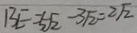
B E = 5 \sqrt { 2 } - 3 \sqrt { 2 } = 2 \sqrt { 2 }